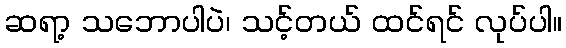
ဆရာ့ သဘောပါပဲ၊ သင့်တယ် ထင်ရင် လုပ်ပါ။